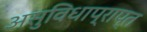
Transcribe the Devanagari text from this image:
असुविधाप्राप्त